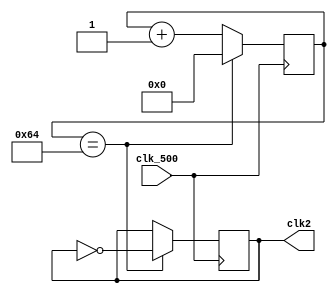
`timescale 1ns / 1ps
//////////////////////////////////////////////////////////////////////////////////
// Company: 
// Engineer: 
// 
// Design Name: 
// Module Name: top
// Project Name: 
// Target Devices: 
// Tool Versions: 
// Description: 
// 
// Dependencies: 
// 
// Revision:
// Revision 0.01 - File Created
// Additional Comments:
// 
//////////////////////////////////////////////////////////////////////////////////
module Clock(clk_500,clk2);
reg [8:0]counter;
input clk_500;
output reg clk2;


initial begin
counter<=9'b0;
clk2 = 0;
end

always@(posedge clk_500) begin
if (counter==9'd100)
    begin
        counter<=9'b0;
        clk2<=~clk2;
    end
else
    begin
        counter<=counter+1;
    end
end
endmodule